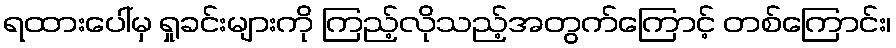
ရထားပေါ်မှ ရှုခင်းများကို ကြည့်လိုသည့်အတွက်ကြောင့် တစ်ကြောင်း၊